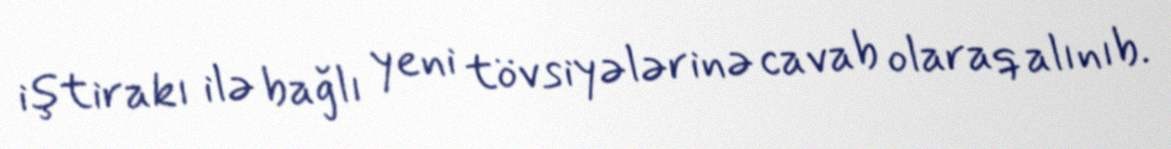
iştirakı ilə bağlı yeni tövsiyələrinə cavab olaraq alınıb.